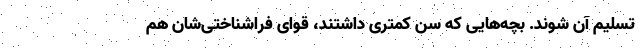
تسلیم آن شوند. بچه‌هایی که سن کمتری داشتند، قوای فراشناختی‌شان هم